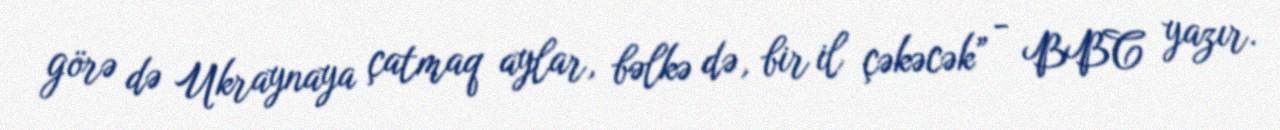
görə də Ukraynaya çatmaq aylar, bəlkə də, bir il çəkəcək” - BBC yazır.